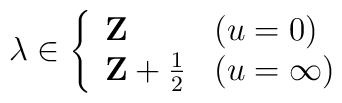
\lambda\in\left\{  \begin{array}{ll}    {\bf Z} & (u=0) \\ {\bf Z}+\frac12 & (u=\infty)  \end{array}\right.